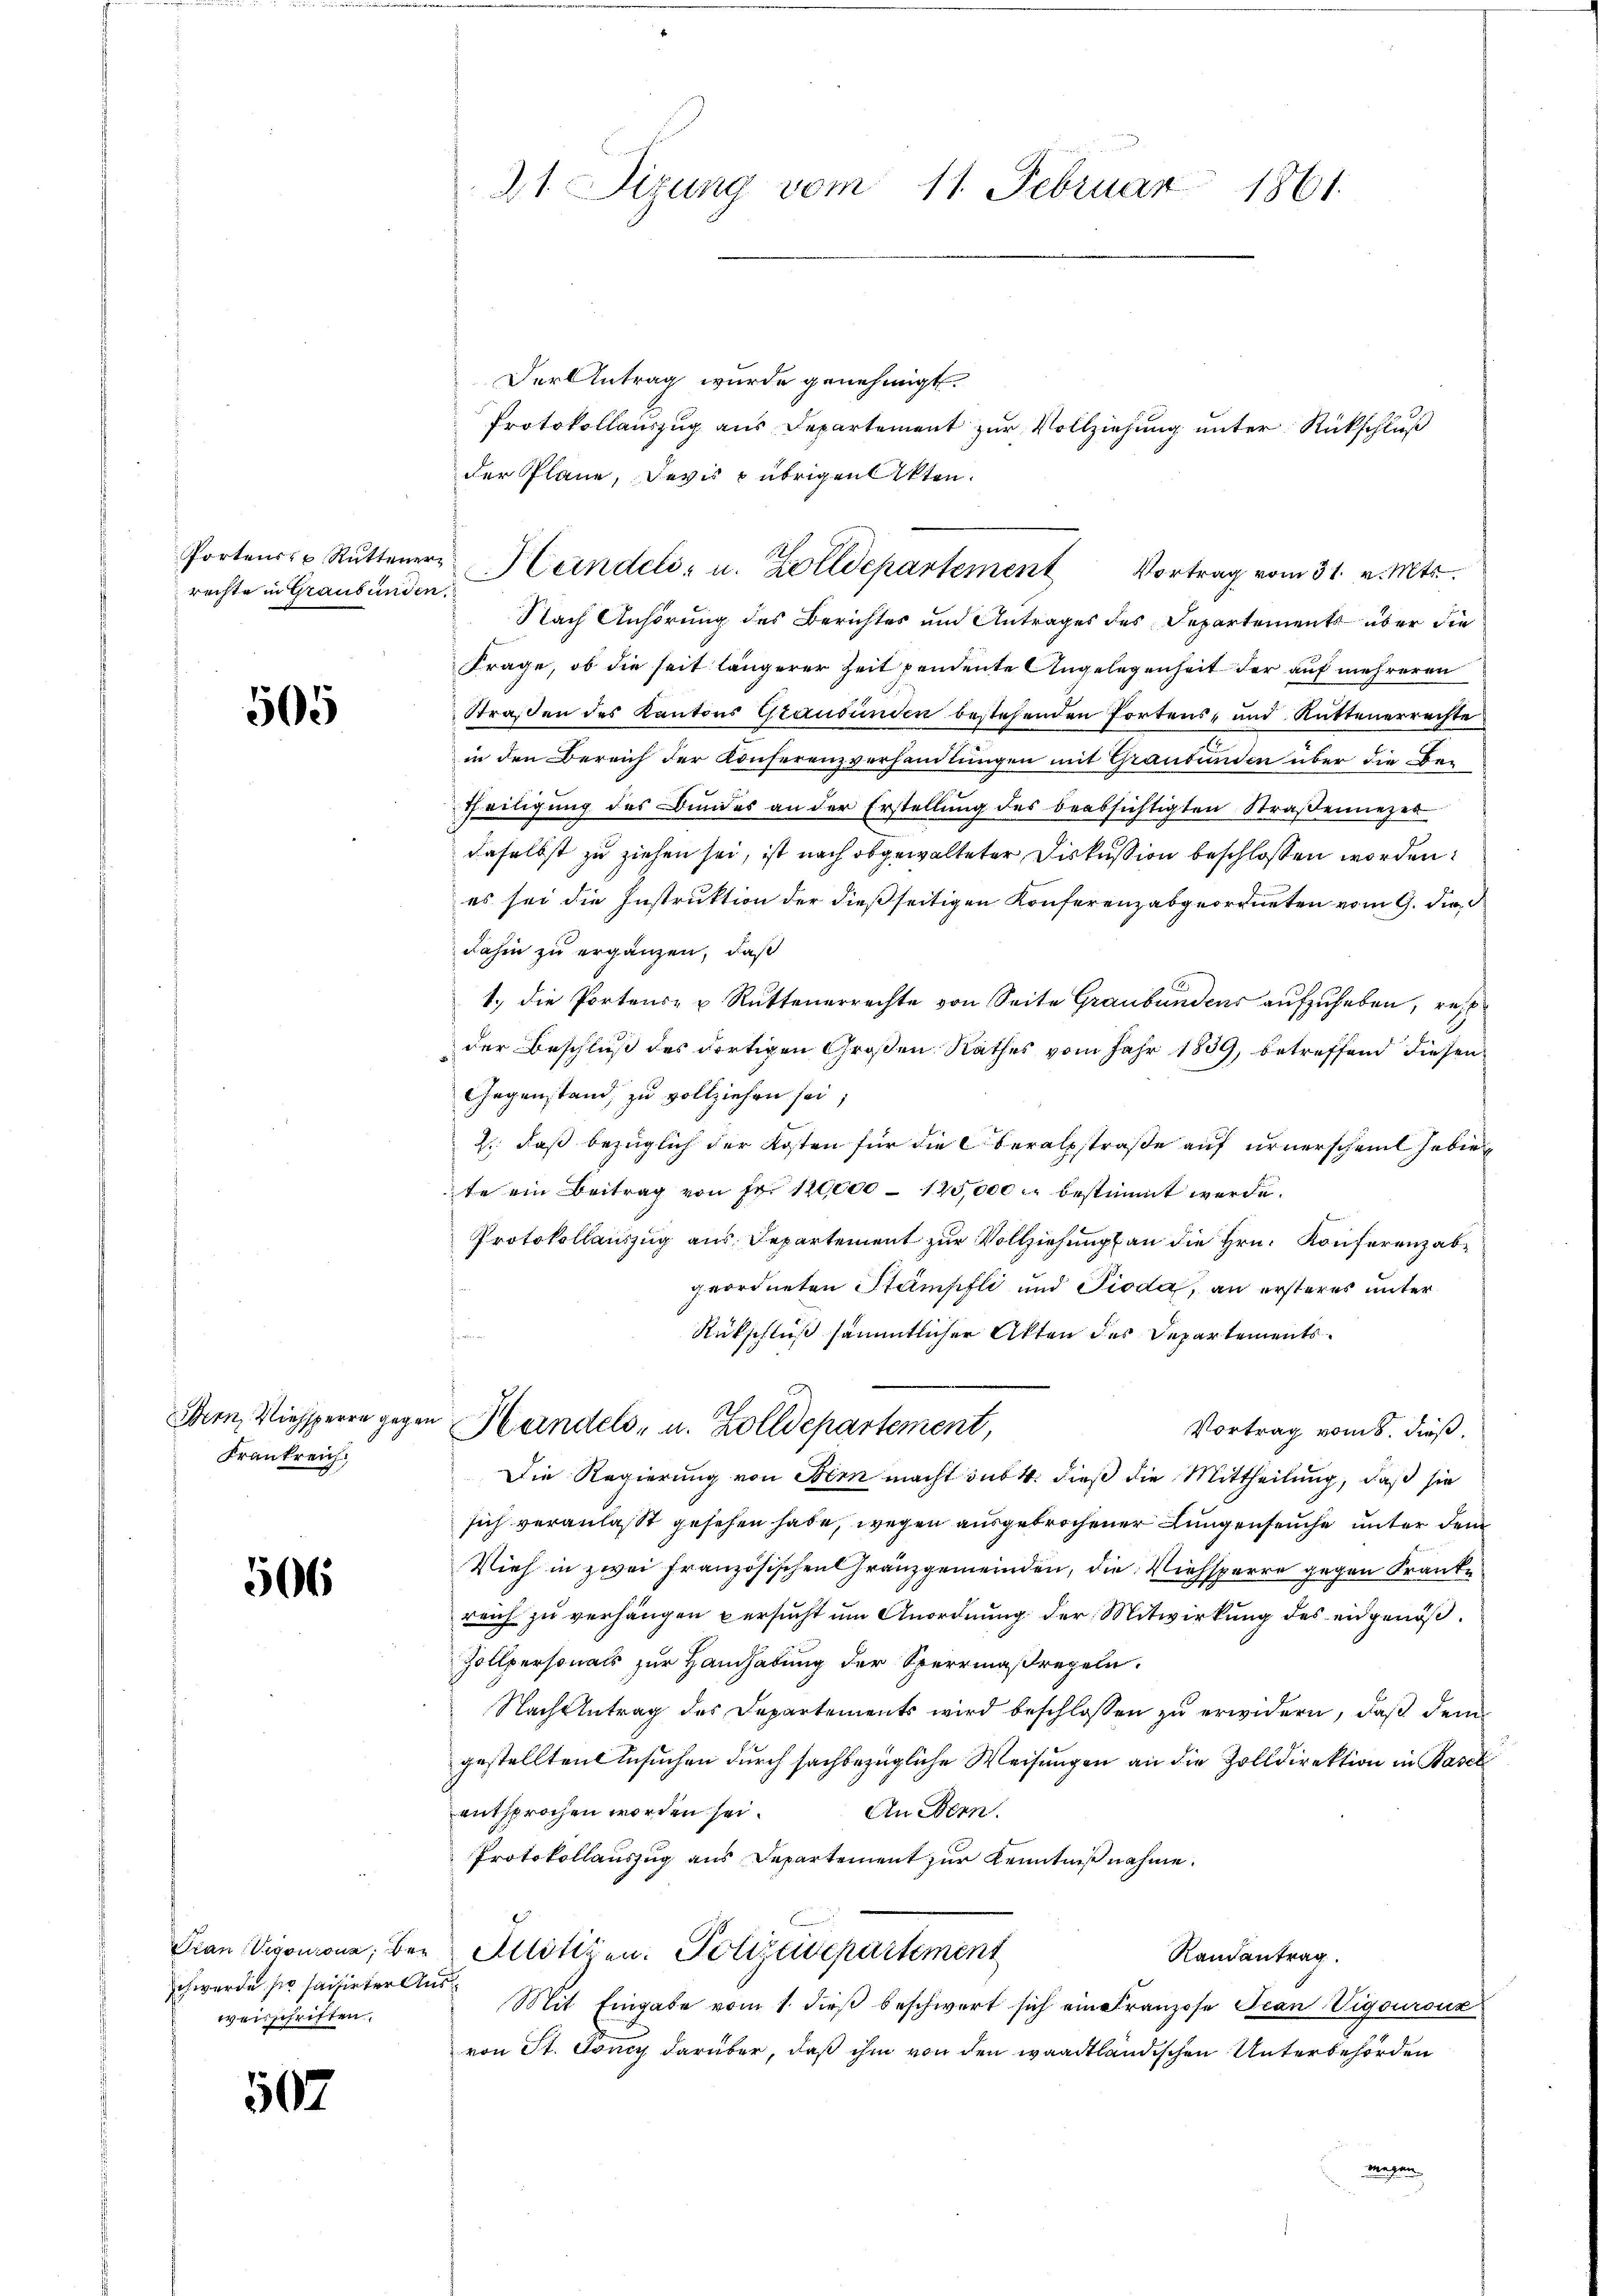
rechte in Graubünden.

505

Frankreich.

506

schwerde sie saisirter Ausweisschriften.

507

21. Sigung vom 11. Februar
1861.

Der Antrag wurde genehmigt.
Protokollauszug aus Departement zur Vollziehung unter Rückschluß
der Plane, Devis & übrigen Akten.
Nach Anhörung des Berichtes und Antrages des Departements über die
Frage, ob die seit längerer Zeit pendente Angelegenheit der auf mehreren
Straßen des Kantons Graubünden bestehenden Portens- und Rüttenerrechte
in den Bereich der Konferenzverhandlungen mit Graubünden über die Be¬
Theiligung des Bundes an der Erstellung des beabsichtigten Straßennezer
daselbst zu ziehen sei, ist nach abgewalteter Diskussion beschlossen worden.
es sei die Instruktion der dießseitigen Konferenzabgeordneten vom 9. die
dahin zu ergänzen, daß
1., die Portens- u Rüttenerrechte von Seite Graubündeur aufzuheben, res
der Beschluß des dortigen Großen Rathes vom Jahr 1839, betreffend diesen
Gegenstand, zu vollziehen sei;
2., daß bezüglich der Kosten für die Oberalstraße auf urnerscheint haben
te ein Beitrag von Fr. 120000 125,000 bestimmt werde.
Protokollauszug aus Departement zur Vollziehung an die Hrn. Konferenzabgeordneten Stampfli und Pioda, an ersteres unter
Rückschluß sämmtlicher Akten des Departements
Dein Viehsperre gegen Handels- u. Zolldepartement,
Vortrag vom 8. dieß,
Die Regierung von Bern macht sub 4. dieß die Mittheilung, daß sie
sich veranlasst gesehen habe, wegen ausgebrochener Lungenseuche unter dem
Vieh in zwei Französischen Granzgemeinden, die Viehsperre gegen Franke
reich zu verhängen persucht um Anordnung der Mitwirkung des eidgenöß¬
Zollpersonals zur Handhabung der Sperrmaßregeln.
Nach Antrag des Departements wird beschlossen zu erwidern, daß dem
gestellten Besuchen durch sachbezügliche Weisungen an die Zolldirektion in Basel
entsprochen worden sei.
An Bern.
Protokollauszug aus Departement zur Kenntnißnahme.
Gran Vigonzona, Bey Alötisen. Polizeidepartement
Randantrag.
Mit Eingabe vom 1. dieβ beschwert sich ein Franzose Jean Vigourouz
von St. Goncy darüber, daß ihm von den waadtländischen Unterbehörden
Magen

Portens u. Rüttener Handels- u. Zolldepartement

Vortrag vom 31. v. Mts.